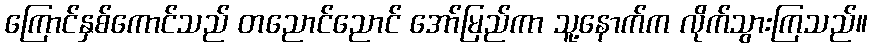
ကြောင်နှစ်ကောင်သည် တညောင်ညောင် အော်မြည်ကာ သူ့နောက်က လိုက်သွားကြသည်။